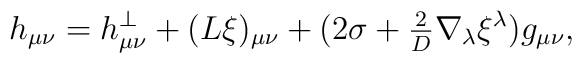
h_{\mu \nu} = h^{\perp}_{\mu \nu} + (L \xi)_{\mu \nu} + (2 \sigma +{\textstyle {2 \over D}}\nabla_{\lambda} \xi^{\lambda})g_{\mu \nu},